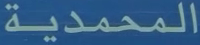
المحمدية